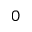
0